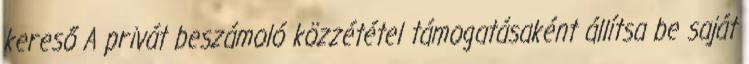
kereső A privát beszámoló közzététel támogatásaként állítsa be saját